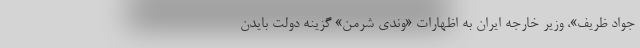
جواد ظریف»، وزیر خارجه ایران به اظهارات «وندی شرمن» گزینه دولت بایدن